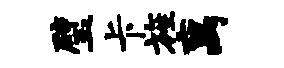
璧卡旌离